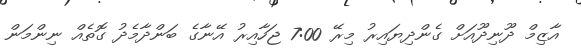
އާޒިމް ދޫނިދޫއަށް ގެންދިޔައިރު މިރޭ 7:00 ޖަހާއިރު އޭނާގެ ބަންދާމެދު ގޮތެއް ނިންމަން